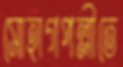
সোহাগপল্লীতে